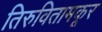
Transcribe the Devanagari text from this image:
तिरुवितामकूर